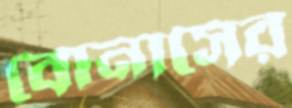
বোনাসের